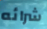
شرائه